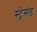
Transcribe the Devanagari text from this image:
स्ट्रेसंड